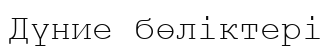
Дүние бөліктері